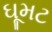
ઘૂમટ